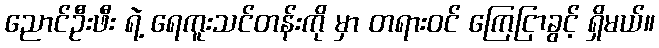
ညောင်ဦးဖီး ရဲ့ ရေကူးသင်တန်းကို မှာ တရားဝင် ကြေငြာခွင့် ရှိမယ်။